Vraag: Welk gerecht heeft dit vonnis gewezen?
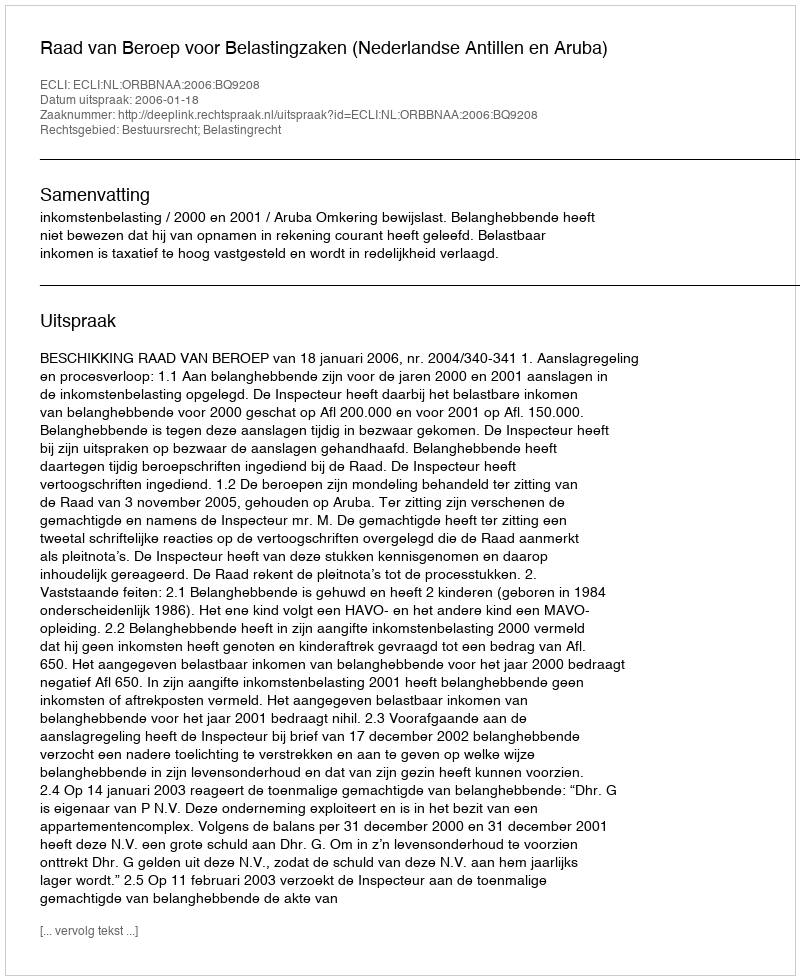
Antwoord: Raad van Beroep voor Belastingzaken (Nederlandse Antillen en Aruba)